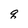
Character: q